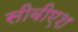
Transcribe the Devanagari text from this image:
सीबीएश